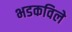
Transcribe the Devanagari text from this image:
भडकविले